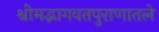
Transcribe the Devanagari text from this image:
श्रीमद्भागवतपुराणातले